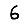
Digit: 6